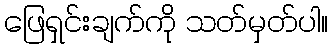
ဖြေရှင်းချက်ကို သတ်မှတ်ပါ။